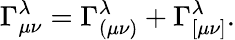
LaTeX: \Gamma_{\mu\nu}^{\lambda}=\Gamma_{(\mu\nu)}^{\lambda}+\Gamma_{[\mu\nu]}^{\lambda}.